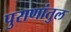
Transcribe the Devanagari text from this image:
पुराणांतुल